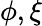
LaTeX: \phi,\xi